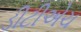
ડીટીએચ